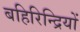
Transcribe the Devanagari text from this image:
बहिरिन्द्रियों